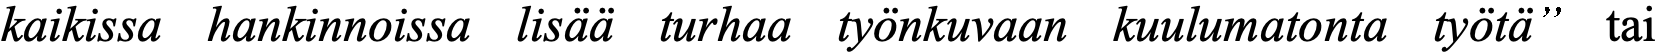
kaikissa hankinnoissa lisää turhaa työnkuvaan kuulumatonta työtä” tai